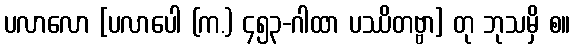
ပလာလော [ပလာပေါ (က.) ၄၅၃-ဂါထာ ပဿိတဗ္ဗာ] တု ဘုသမှိ စ။